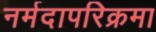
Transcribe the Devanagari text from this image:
नर्मदापरिक्रमा